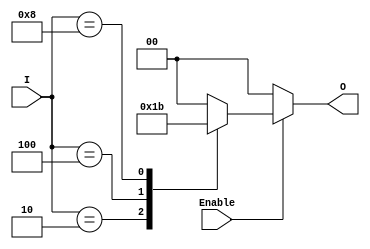
module binary_encoder (
    input wire [3:0] I,    // 4 input lines (I0 to I3)
    input wire Enable,      // Enable signal
    output reg [1:0] O     // 2-bit output lines (O1, O0)
);

always @(*) begin
    if (!Enable) begin
        // If Enable is low, set output to 0
        O = 2'b00;
    end else begin
        case (I)
            4'b0001: O = 2'b00; // I0 is active
            4'b0010: O = 2'b01; // I1 is active
            4'b0100: O = 2'b10; // I2 is active
            4'b1000: O = 2'b11; // I3 is active
            default: O = 2'b00;  // If no input is active or multiple inputs are high
        endcase
    end
end

endmodule